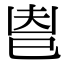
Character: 𢀺